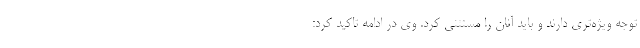
توجه ویژه‌تری دارند و باید آنان را مستثنی کرد. وی در ادامه تاکید کرد: